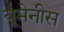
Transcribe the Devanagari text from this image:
यूमेनीस